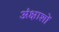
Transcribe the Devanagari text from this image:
अंक्षाशों